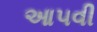
આ૫વી